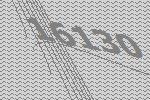
16130